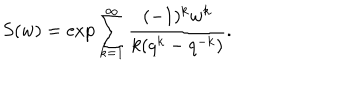
S ( w ) = \exp \sum _ { k = 1 } ^ { \infty } \frac { ( - 1 ) ^ { k } w ^ { k } } { k ( q ^ { k } - q ^ { - k } ) } .